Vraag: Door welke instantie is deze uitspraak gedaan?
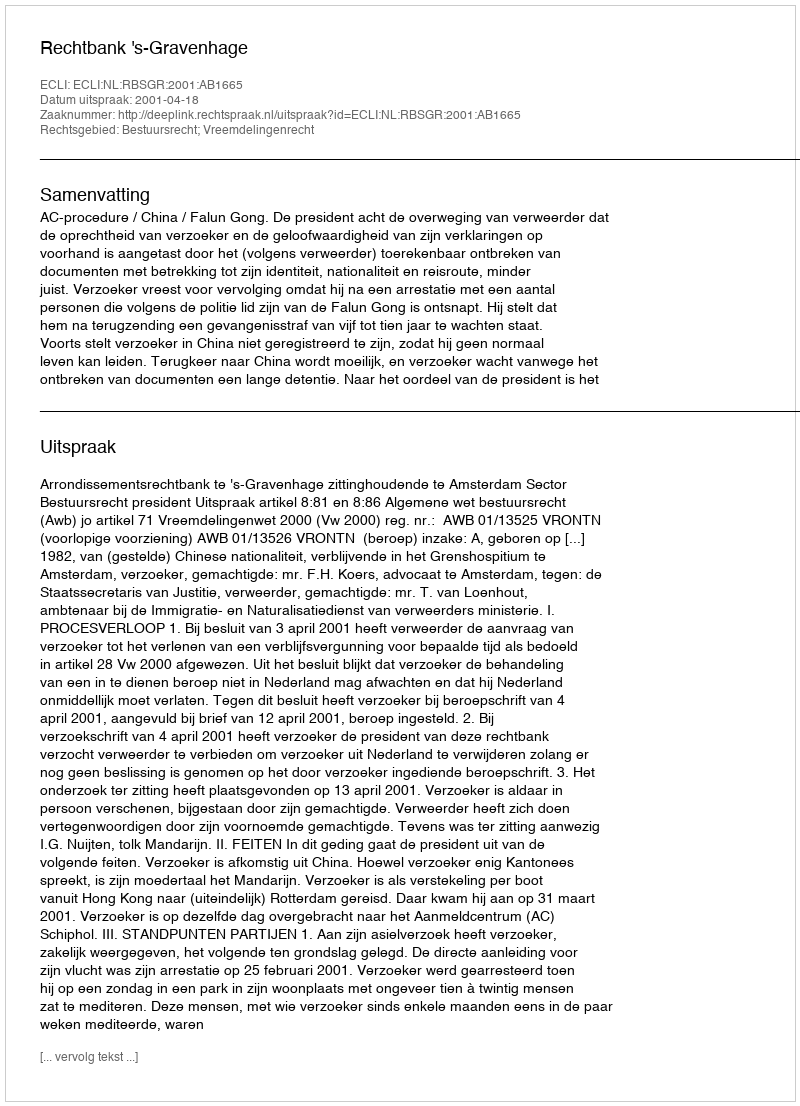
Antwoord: Rechtbank 's-Gravenhage